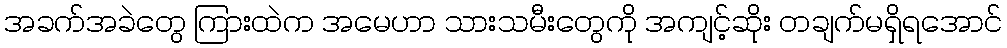
အခက်အခဲတွေ ကြားထဲက အမေဟာ သားသမီးတွေကို အကျင့်ဆိုး တချက်မရှိရအောင်